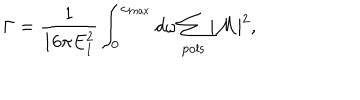
\Gamma = { \frac { 1 } { 1 6 \pi E _ { 1 } ^ { 2 } } } \int _ { 0 } ^ { \omega _ { \mathrm { m a x } } } d \omega \sum _ { \mathrm { p o l s } } { \vert { \cal M } \vert } ^ { 2 } ,